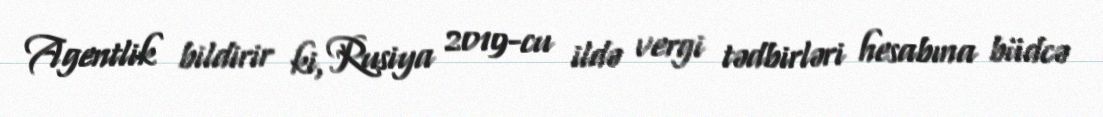
Agentlik bildirir ki, Rusiya 2019-cu ildə vergi tədbirləri hesabına büdcə